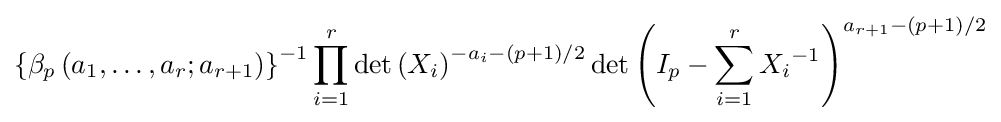
\left\{\beta _{p}\left(a_{1},\ldots ,a_{r};a_{r+1}\right)\right\}^{-1}\prod _{i=1}^{r}\det \left(X_{i}\right)^{-a_{i}-(p+1)/2}\det \left(I_{p}-\sum _{i=1}^{r}{X_{i}}^{-1}\right)^{a_{r+1}-(p+1)/2}